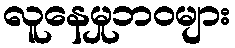
လူနေမှုဘဝများ